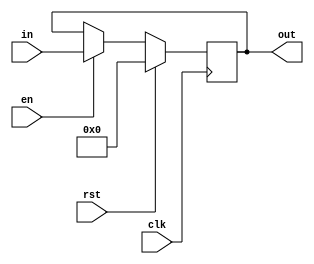
module genReg
 #(
   parameter REG_WIDTH = 32
  )
  (
    input                        clk,
    input                        rst,
    input                        en,
    input      [REG_WIDTH-1 : 0] in,
    output reg [REG_WIDTH-1 : 0] out
  );

  always@(posedge clk)
  begin
    if(rst)
      out <= 'h0;
    else
      if(en)
        out <= in;
  end

endmodule